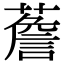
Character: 薝